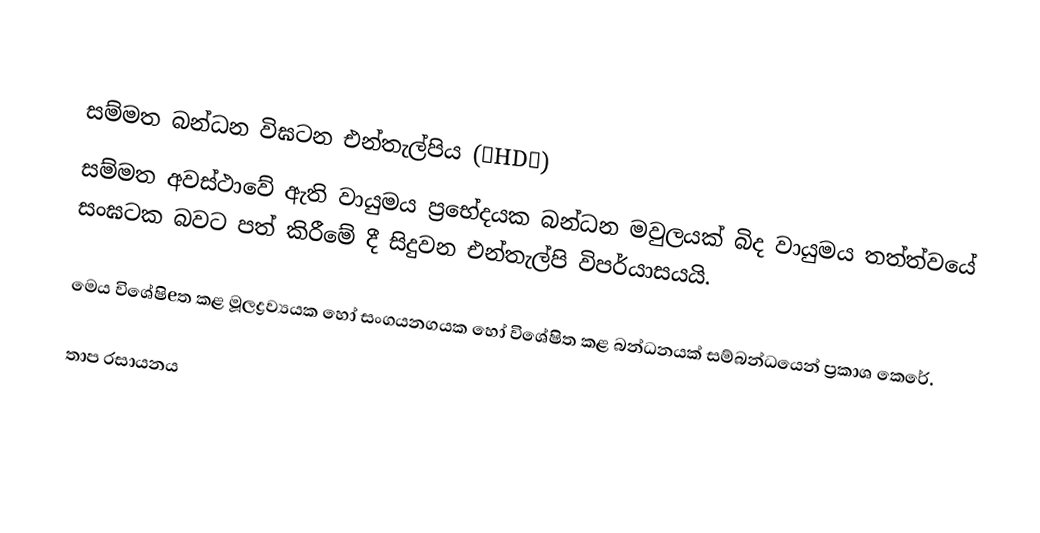

සම්මත බන්ධන විඝටන එන්තැල්පිය (∆HD∅)
සම්මත අවස්ථාවේ  ඇති වායුමය ප්‍රභේදයක බන්ධන මවුලයක් බිද වායුමය තත්ත්වයේ සංඝටක බවට පත්  කිරීමේ දී සිදුවන එන්තැල්පි විපර්යාසයයි.

මෙය විශේෂිeත කළ මූලද්‍රව්‍යයක හෝ සංගයනගයක හෝ විශේෂිත කළ බන්ධනයක් සම්බන්ධයෙන් ප්‍රකාශ කෙරේ.

තාප රසායනය